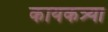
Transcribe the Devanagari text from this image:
कायकत्र्या